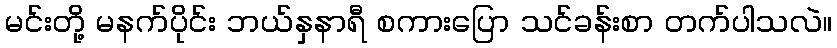
မင်းတို့ မနက်ပိုင်း ဘယ်နှနာရီ စကားပြော သင်ခန်းစာ တက်ပါသလဲ။